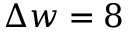
\Delta w = 8